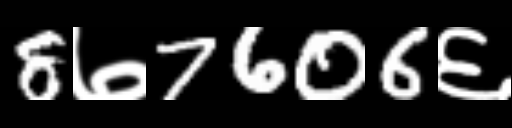
Text: 8७7606६